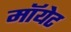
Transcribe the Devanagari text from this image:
मॉयेट